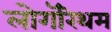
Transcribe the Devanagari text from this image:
लोगॅरिथम